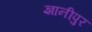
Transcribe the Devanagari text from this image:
ज्ञानीपुर